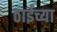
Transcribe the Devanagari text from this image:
ठाईच्या